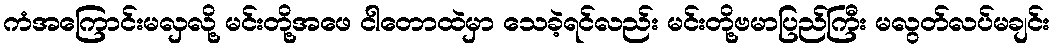
ကံအကြောင်းမလှလို့ မင်းတို့အဖေ ငါတောထဲမှာ သေခဲ့ရင်လည်း မင်းတို့ဗမာပြည်ကြီး မလွတ်လပ်မချင်း